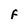
Character: F